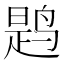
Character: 𫛸